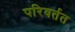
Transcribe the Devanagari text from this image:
परिवर्तत